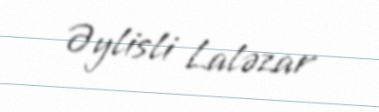
Əylisli Laləzar